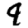
Digit: 9